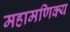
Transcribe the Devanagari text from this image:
महामणिक्य